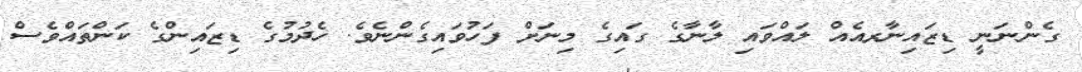
ގެންނަނީ ޑިޒައިނާރއެއް ލައްވައި ލާނާގެ ގައިގެ މިނަށް ފަހުވައިގެންނެވެ. ހެދުމުގެ ޑިޒައިންގެ ކަންތައްވެސް